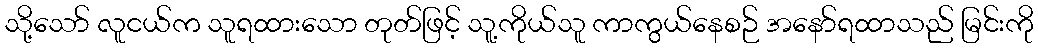
သို့သော် လူငယ်က သူရထားသော တုတ်ဖြင့် သူ့ကိုယ်သူ ကာကွယ်နေစဉ် အနော်ရထာသည် မြင်းကို